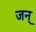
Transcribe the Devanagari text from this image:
जन्‌